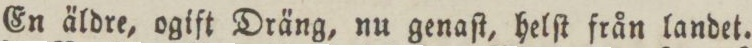
En äldre, ogift Dräng, nu genaſt, helſt från landet.